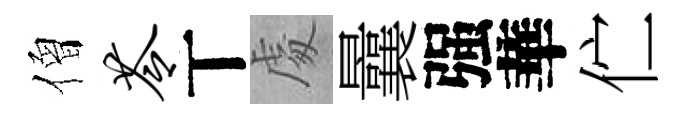
僧苓丅䖏曩强華伫